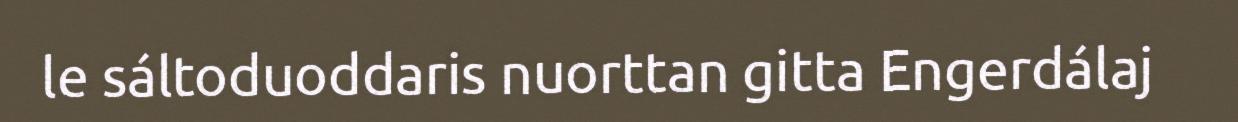
le sáltoduoddaris nuorttan gitta Engerdálaj